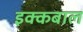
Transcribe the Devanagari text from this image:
इक्कबाल